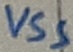
Text: VSS